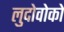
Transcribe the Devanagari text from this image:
लुदोवोको